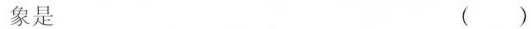
象是 ()